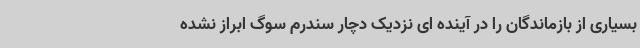
بسیاری از بازماندگان را در آینده ای نزدیک دچار سندرم سوگ ابراز نشده